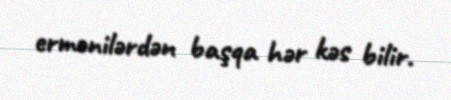
ermənilərdən başqa hər kəs bilir.